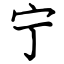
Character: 宁